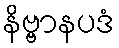
နိဗ္ဗာနပဒံ